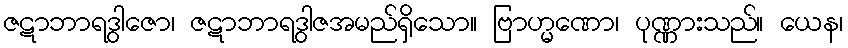
ဇဋာဘာရဒွါဇော၊ ဇဋာဘာရဒွါဇအမည်ရှိသော။ ဗြာဟ္မဏော၊ ပုဏ္ဏားသည်။ ယေန၊